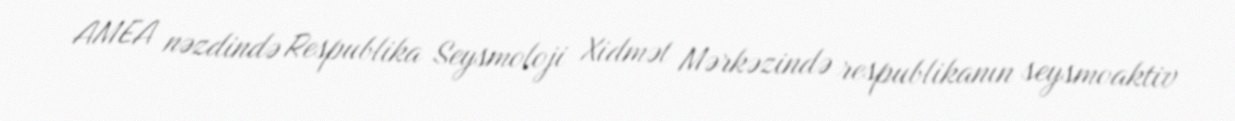
AMEA nəzdində Respublika Seysmoloji Xidmət Mərkəzində respublikanın seysmoaktiv